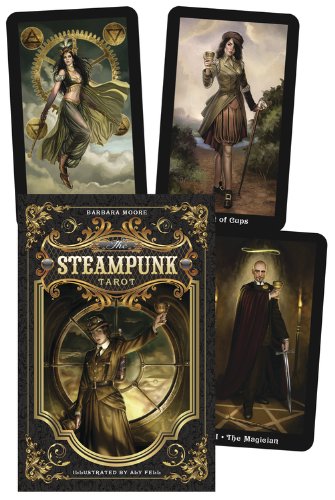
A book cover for The Steampunk Tarot; Barbara Moore; Humor & Entertainment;